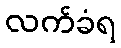
လက်ခံရ